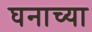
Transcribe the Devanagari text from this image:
घनाच्या